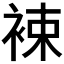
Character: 𧚏